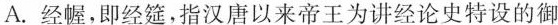
A.经幄，即经筵，指汉唐以来帝王为讲经论史特设的御